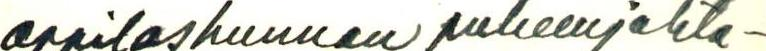
oppilaskunnan puheenjohta-